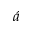
\acute { a }